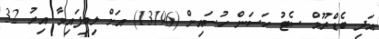
އަދި ބެޑްރޫމް ސެޓު ހަސަން ހުސައިން (13196) އަށް ލިބިފައިވާ އިރު 32